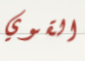
القوي